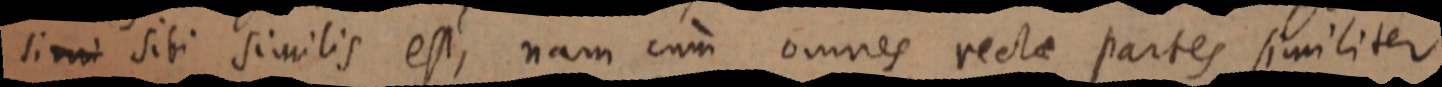
simi siti similis est, nam cum omnes rectae partes similiter